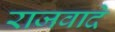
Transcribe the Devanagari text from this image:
राजवादे